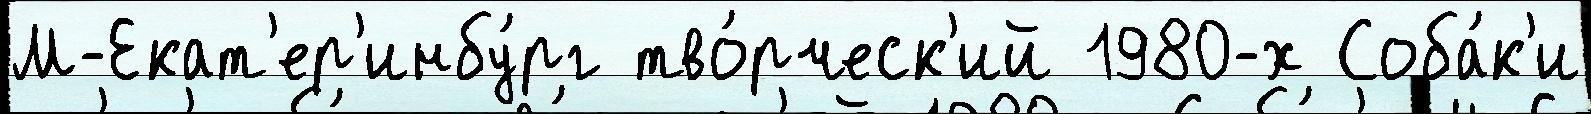
М-Екат'ер'инбу́рг тво́рческ'ий 1980-х Соба́к'и